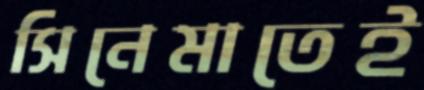
সিনেমাতেই